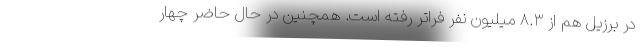
در برزیل هم از ۸.۳ میلیون نفر فراتر رفته است. همچنین در حال حاضر چهار